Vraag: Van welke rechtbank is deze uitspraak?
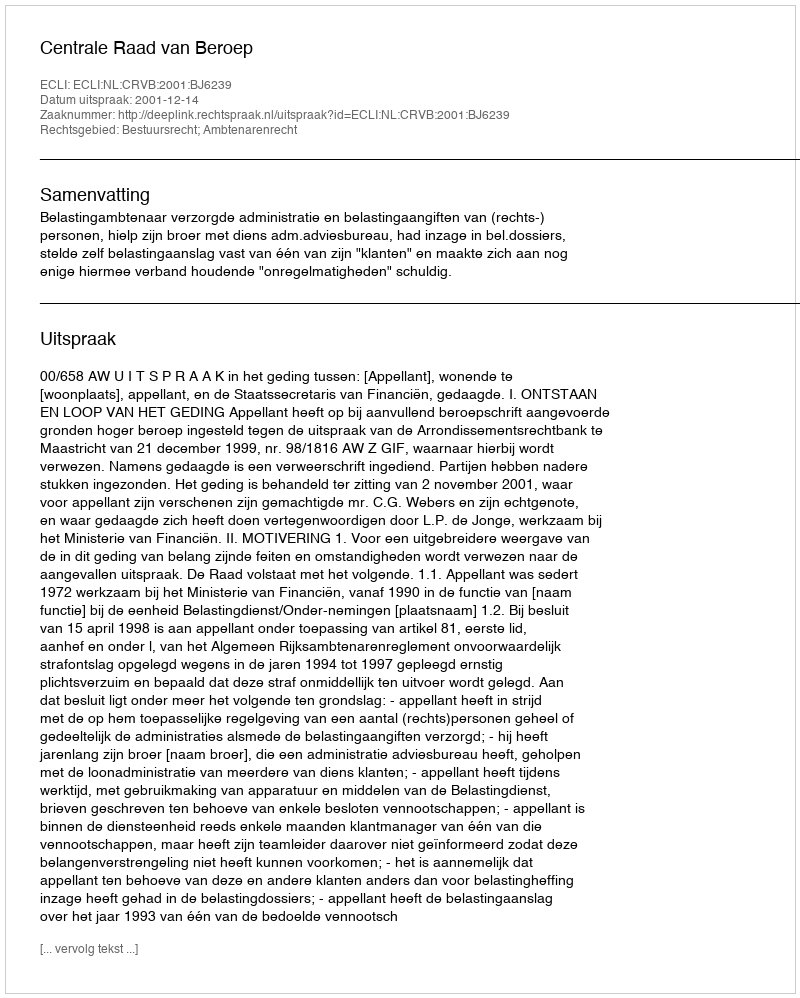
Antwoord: Centrale Raad van Beroep